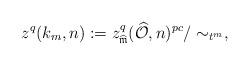
LaTeX: \begin{align*}z^q (k_m, n):= z^q_{\widehat{\mathfrak{m}}} (\widehat{\mathcal{O}}, n)^{pc}/ \sim_{t^m},\end{align*}